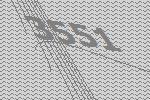
3551